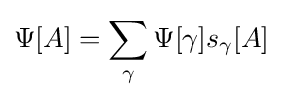
\Psi [A]=\sum _{\gamma }\Psi [\gamma ]s_{\gamma }[A]